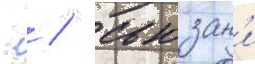
  / сьюзан'и